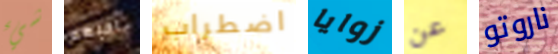
شيء احبهم اضطراب زوايا عن ناروتو